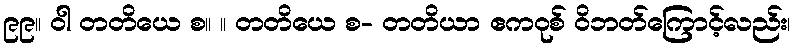
၉၉။ ဝါ တတိယေ စ။ ။ တတိယေ စ- တတိယာ ဧကဝုစ် ဝိဘတ်ကြောင့်လည်း၊